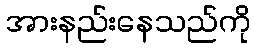
အားနည်းနေသည်ကို